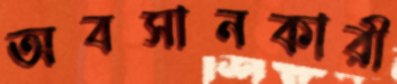
অবসানকারী